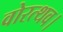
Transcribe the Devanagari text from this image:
वोरत्थव।